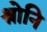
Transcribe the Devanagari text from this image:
श्रोनि